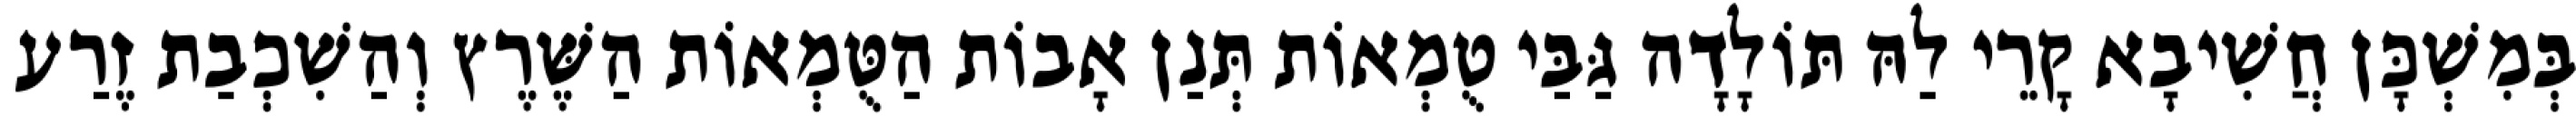
בְּמִשְׁכָּן חֲשִׁיבָא קָרֵי לַהּ תּוֹלָדָה גַּבַּי טֻמְאוֹת תְּנַן אָבוֹת הַטֻּמְאוֹת הַשֶּׁרֶץ וְהַשִׁכְבַת זֶרַע